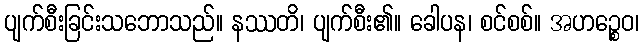
ပျက်စီးခြင်းသဘောသည်။ နဿတိ၊ ပျက်စီး၏။ ခေါပန၊ စင်စစ်။ အဟဉ္စေဝ၊